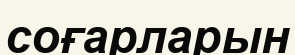
соғарларын